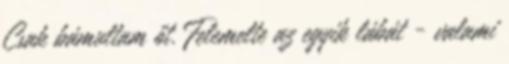
Csak bámultam őt. Felemelte az egyik lábát - valami